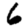
Digit: 6